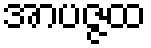
အာပဇ္ဇထ